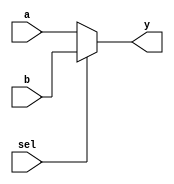
`timescale 1ns / 1ps
//////////////////////////////////////////////////////////////////////////////////
// Company: 
// Engineer: 
// 
// Design Name: 
// Module Name: 2x1mux
// Project Name: 
// Target Devices: 
// Tool Versions: 
// Description: 
// 
// Dependencies: 
// 
// Revision:
// Revision 0.01 - File Created
// Additional Comments:
// 
//////////////////////////////////////////////////////////////////////////////////


module twox1mux#(parameter DATA_WIDTH = 4)(
    input [DATA_WIDTH-1:0] a,
    input [DATA_WIDTH-1:0] b,
    input sel,
    output [DATA_WIDTH-1:0] y
    );
    
        assign y = sel ? b:a;
endmodule